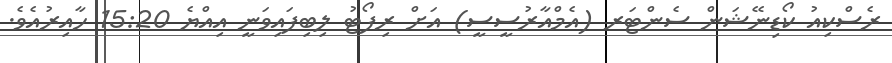
ރެސްކިއު ކޯޑިނޭޝަން ސެންޓަރ (އެމްއާރުސީސީ) އަށް ރިފޯޓު ލިބިފައިވަނީ އިއްޔެ 15:20 ހާއިރުއެވެ.